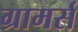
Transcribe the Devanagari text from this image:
ग्रामर्स